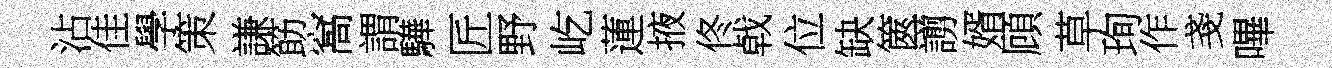
沾佳學策謙筯窩謂驊匠野屹蓮掖佟㦸位缺篋謭婿頋草珣作戔嗶